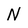
Character: N